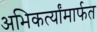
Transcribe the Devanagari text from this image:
अभिकर्त्यांमार्फत